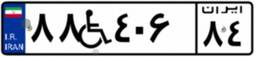
۸۸W۴۰۶۸۴